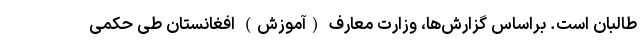
طالبان است. براساس گزارش‌‌ها، وزارت معارف (آموزش) افغانستان طی حکمی